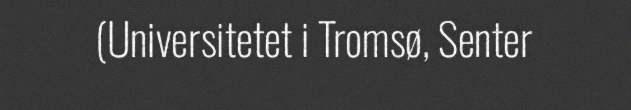
(Universitetet i Tromsø, Senter